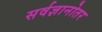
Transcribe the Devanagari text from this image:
सर्वज्ञानोतर